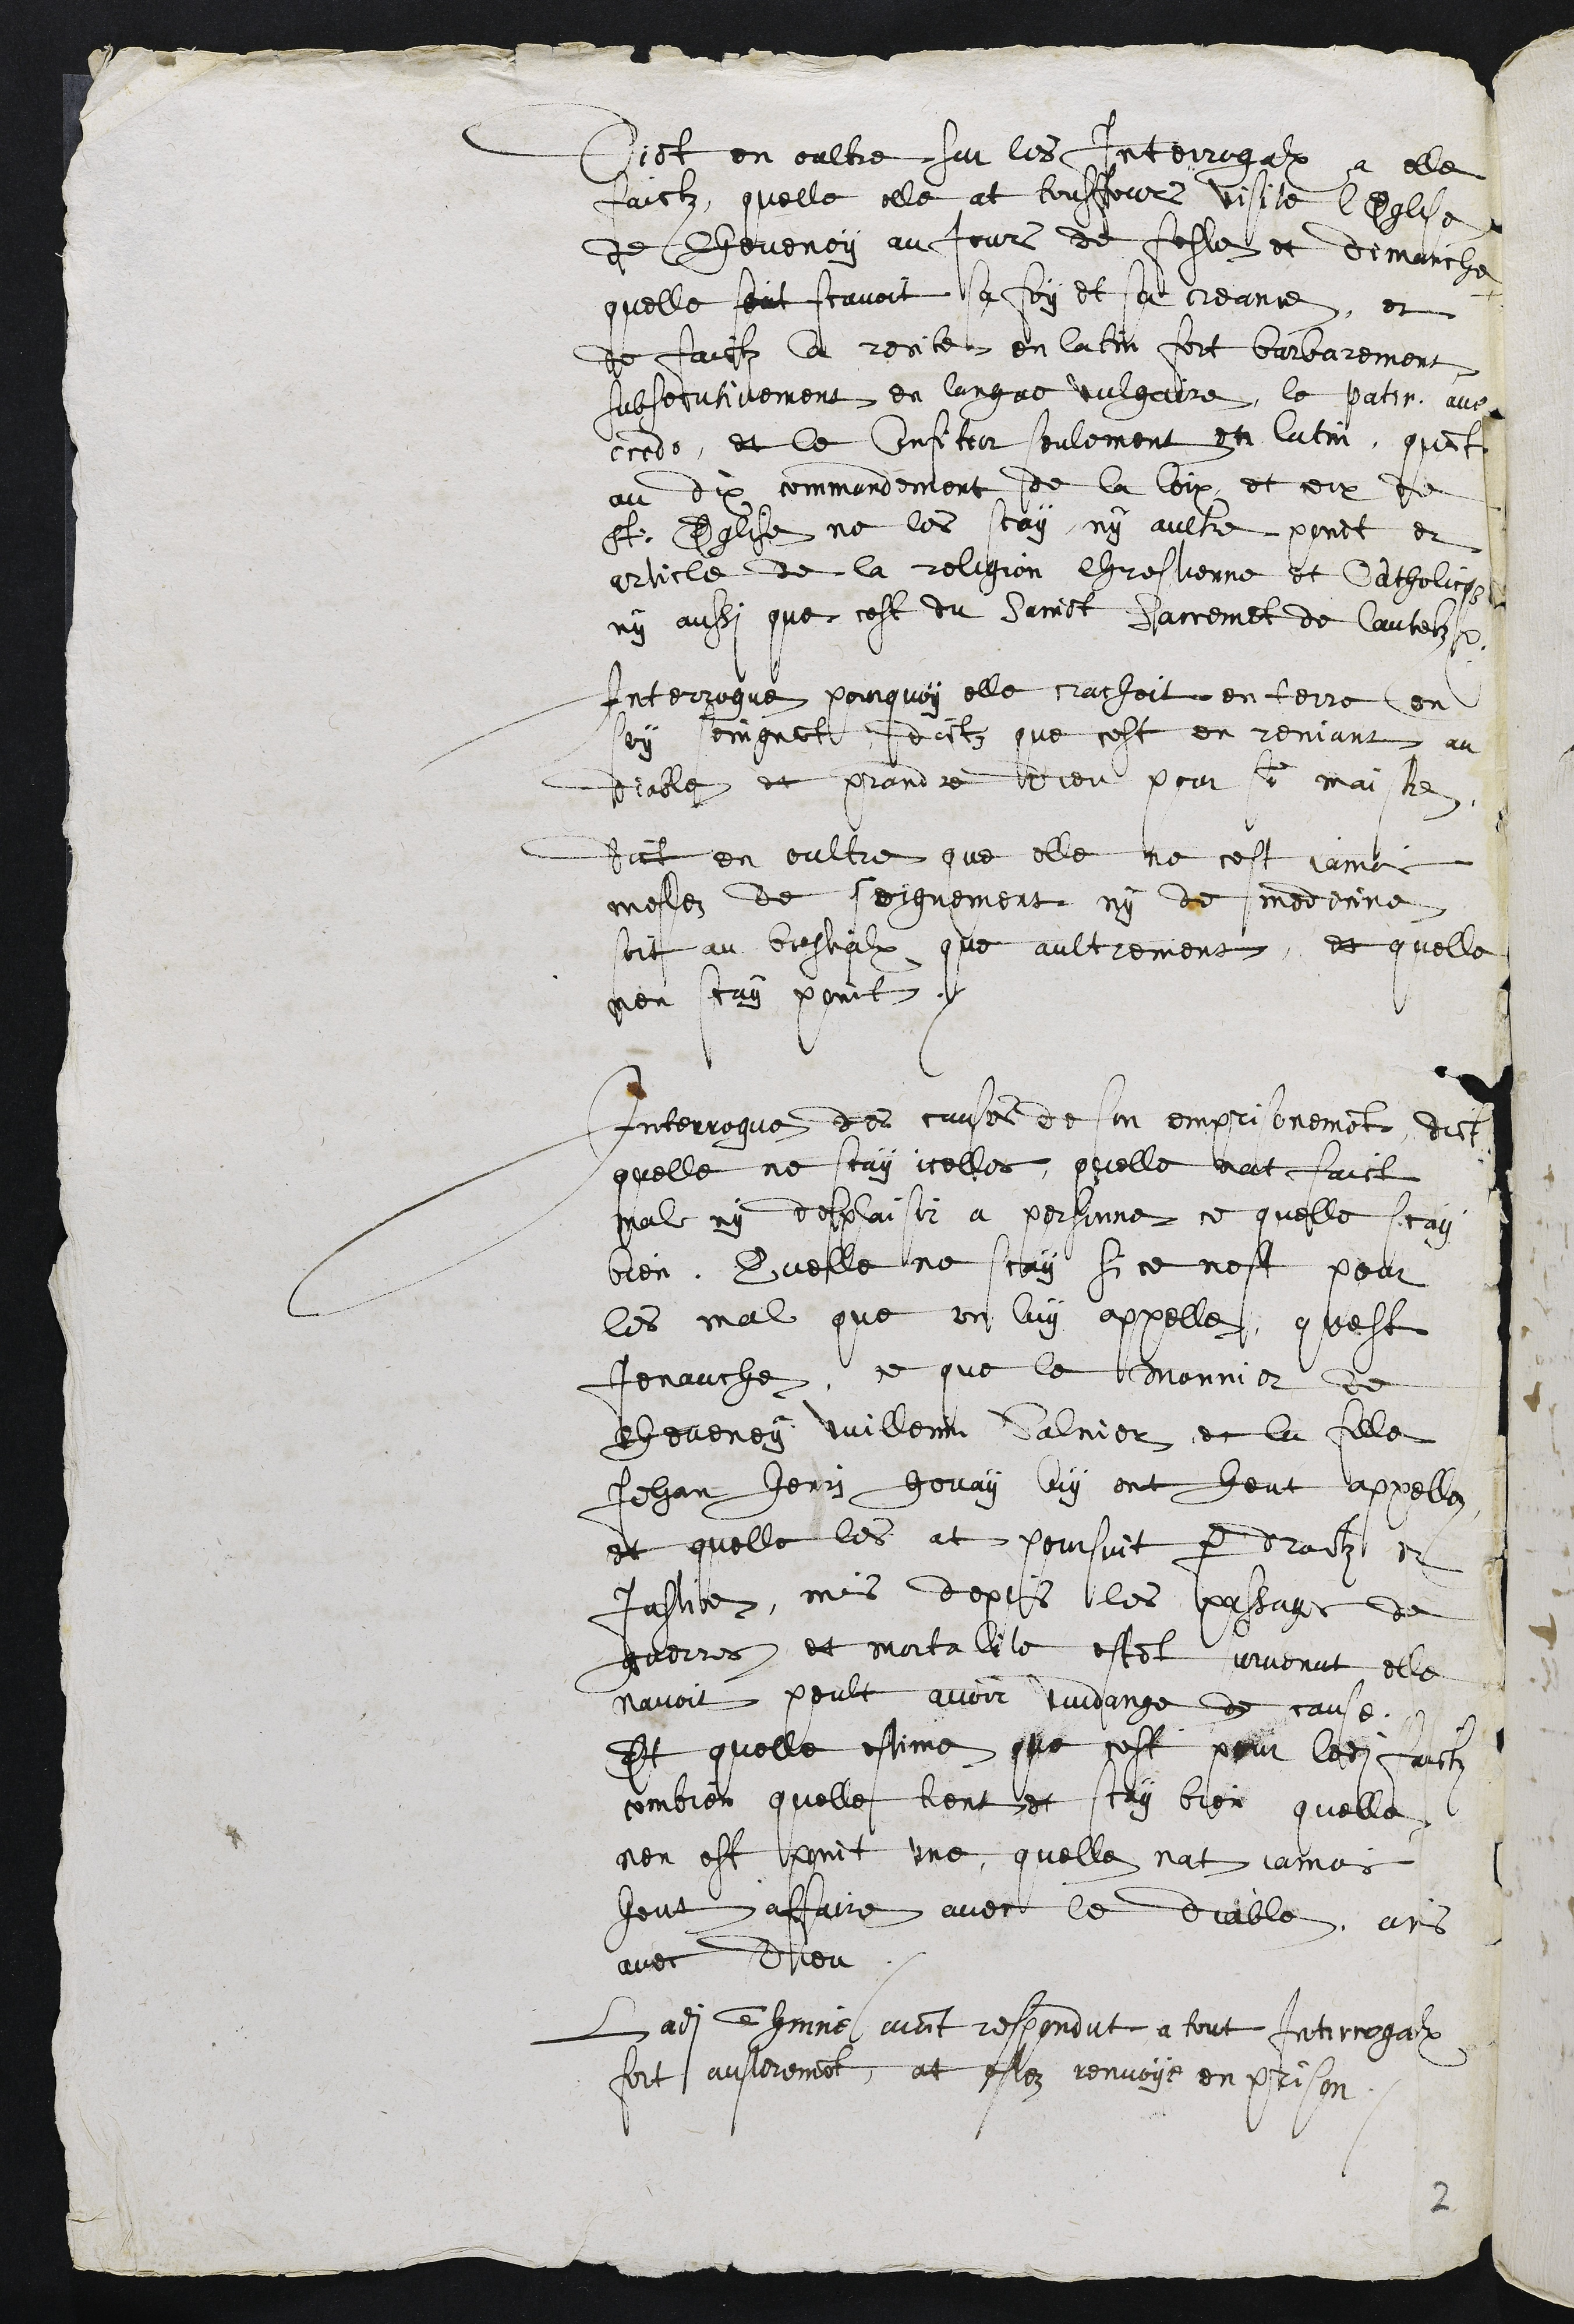
Dict en oultre sur les Interrogations a elle
faictz, quelle elle at tousjours visite l'Eglise
de Chevenoy au jours de feste et dimanche
quelle seict scavoit sa foy et sa creance, et
de faictz a recite en latin fort barbarement
subsecutivement en langue vulgaire, le pater ave
credo, et le Confiteor seulement en latin, quant
au dix commandement de la loix, et ceux de
St: Eglise ne les scay, ny aultre point et
article de la religion chrestienne et Catholicque
ny aussi que cest du Sainct Sacrement de lautelz.
Interrogue pourquoy elle crachoit en terre en
soy soingnant, dictz que cest en reniant au
diable et prandre dieu pour son maistre
Dict en oultre que elle ne cest jamais
meslez de soignement ny de medecine
soit au bestialx que aultrement, et quelle
nen scay point.
Interrogue des causes de son emprisonement dict
quelle ne scay icelles, quelle nat faict
mal ny desplaisir a personne ce quelle scay
bien, Quelle ne scay si ce nest pour
les mal que on luy appelle, quest
jenauche, ce que le monnier de
Cheveney Vuillemin Salnier et la fille
Jehan Henri Houay luy ont heut appellez
et quelle les at poursuit par droitz et
Justice, mais depuis les passages de
guerres et mortalite estant survenut elle
navoit peult avoir vuidange de cause.
Et quelle estime que cest pour ledit faictz
combien quelle tient et scay bien quelle
nen est point une, quelle nat jamais
heut affaire avec le diable, ains
avec Dieu.
Ladite Thinne aiant respondut a tout interrogations
fort austeremont at estez renvoye en prison

2